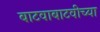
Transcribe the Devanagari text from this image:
बाटवाबाटवीच्या